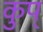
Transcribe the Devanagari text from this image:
कुप्